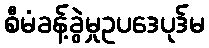
စီမံခန့်ခွဲမှုဥပဒေပုဒ်မ